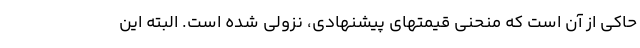
حاکی از آن است که منحنی قیمتهای پیشنهادی، نزولی شده است. البته این